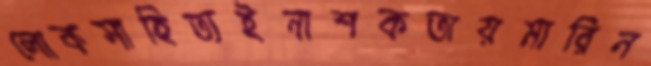
লোকসাহিত্যইনাশকতায়মারিন